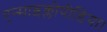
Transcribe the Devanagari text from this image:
एन्साइक्लोपीडिया।